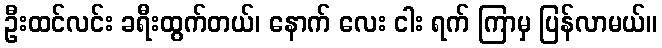
ဦးထင်လင်း ခရီးထွက်တယ်၊ နောက် လေး ငါး ရက် ကြာမှ ပြန်လာမယ်။